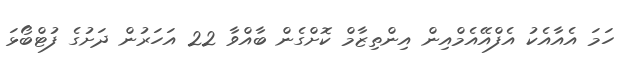
ހަމަ އެއާއެކު އެފްއޭއެމްއިން އިންތިޒާމް ކޮށްގެން ބާއްވާ 22 އަހަރުން ދަށުގެ ފުޓްބޯޅަ